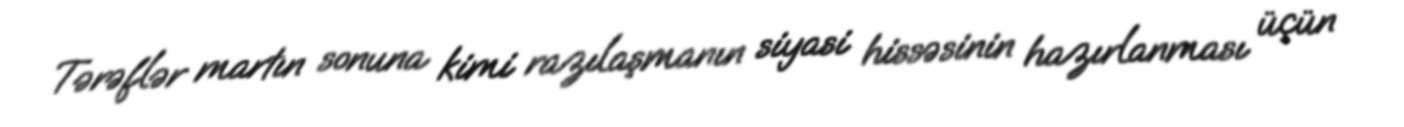
Tərəflər martın sonuna kimi razılaşmanın siyasi hissəsinin hazırlanması üçün